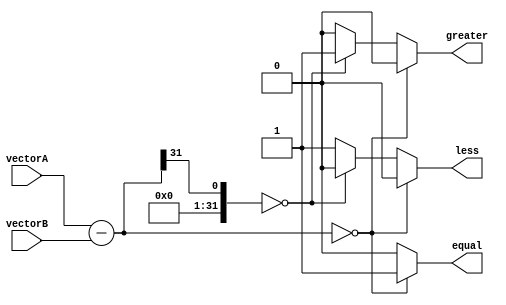
module comparator(
    input [31:0] vectorA,
    input [31:0] vectorB,
    output reg equal,
    output reg greater,
    output reg less
);

reg [31:0] result;
reg [31:0] mask;

assign result = vectorA - vectorB;
assign mask = result >> 31;

always @* begin
    if(result == 0) begin
        equal = 1;
        greater = 0;
        less = 0;
    end else if(mask == 0) begin
        equal = 0;
        greater = 1;
        less = 0;
    end else begin
        equal = 0;
        greater = 0;
        less = 1;
    end
end

endmodule